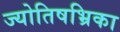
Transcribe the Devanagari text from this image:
ज्योतिषभ्रिका